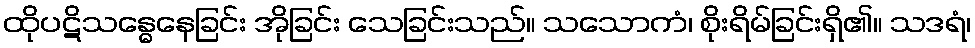
ထိုပဋိသန္ဓေနေခြင်း အိုခြင်း သေခြင်းသည်။ သသောကံ၊ စိုးရိမ်ခြင်းရှိ၏။ သဒရံ၊